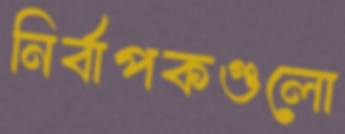
নির্বাপকগুলো